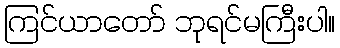
ကြင်ယာတော် ဘုရင်မကြီးပါ။